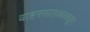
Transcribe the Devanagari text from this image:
वाहनमालकाकडून